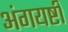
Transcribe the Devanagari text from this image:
अंगयष्टी